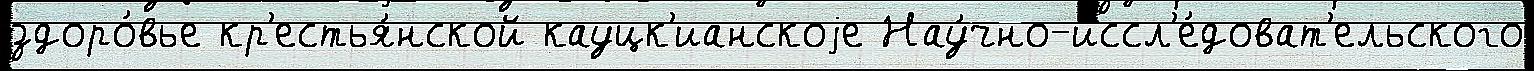
здоро́вье кр'естья́нской кауцк'ианскоjе Нау́чно-иссл'е́доват'ельского